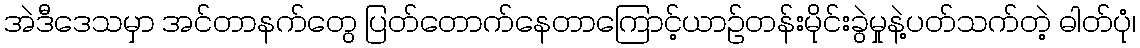
အဲဒီဒေသမှာ အင်တာနက်တွေ ပြတ်တောက်နေတာကြောင့်ယာဉ်တန်းမိုင်းခွဲမှုနဲ့ပတ်သက်တဲ့ ဓါတ်ပုံ၊